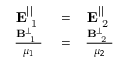
\begin{array} { r l r } { \bf { E } _ { \mathrm { ~ 1 ~ } } ^ { | | } } & { { } = } & { \bf { E } _ { \mathrm { ~ 2 ~ } } ^ { | | } } \\ { \frac { \bf { B } _ { \mathrm { ~ 1 ~ } } ^ { \perp } } { \mu _ { 1 } } } & { { } = } & { \frac { \bf { B } _ { \mathrm { ~ 2 ~ } } ^ { \perp } } { \mu _ { 2 } } } \end{array}